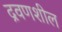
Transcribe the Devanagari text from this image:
द्रवणशील